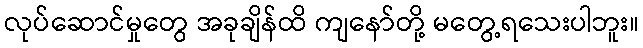
လုပ်ဆောင်မှုတွေ အခုချိန်ထိ ကျနော်တို့ မတွေ့ရသေးပါဘူး။